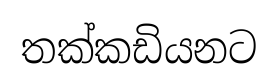
තක්කඩියනට